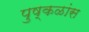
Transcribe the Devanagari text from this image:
पुष्कळांस